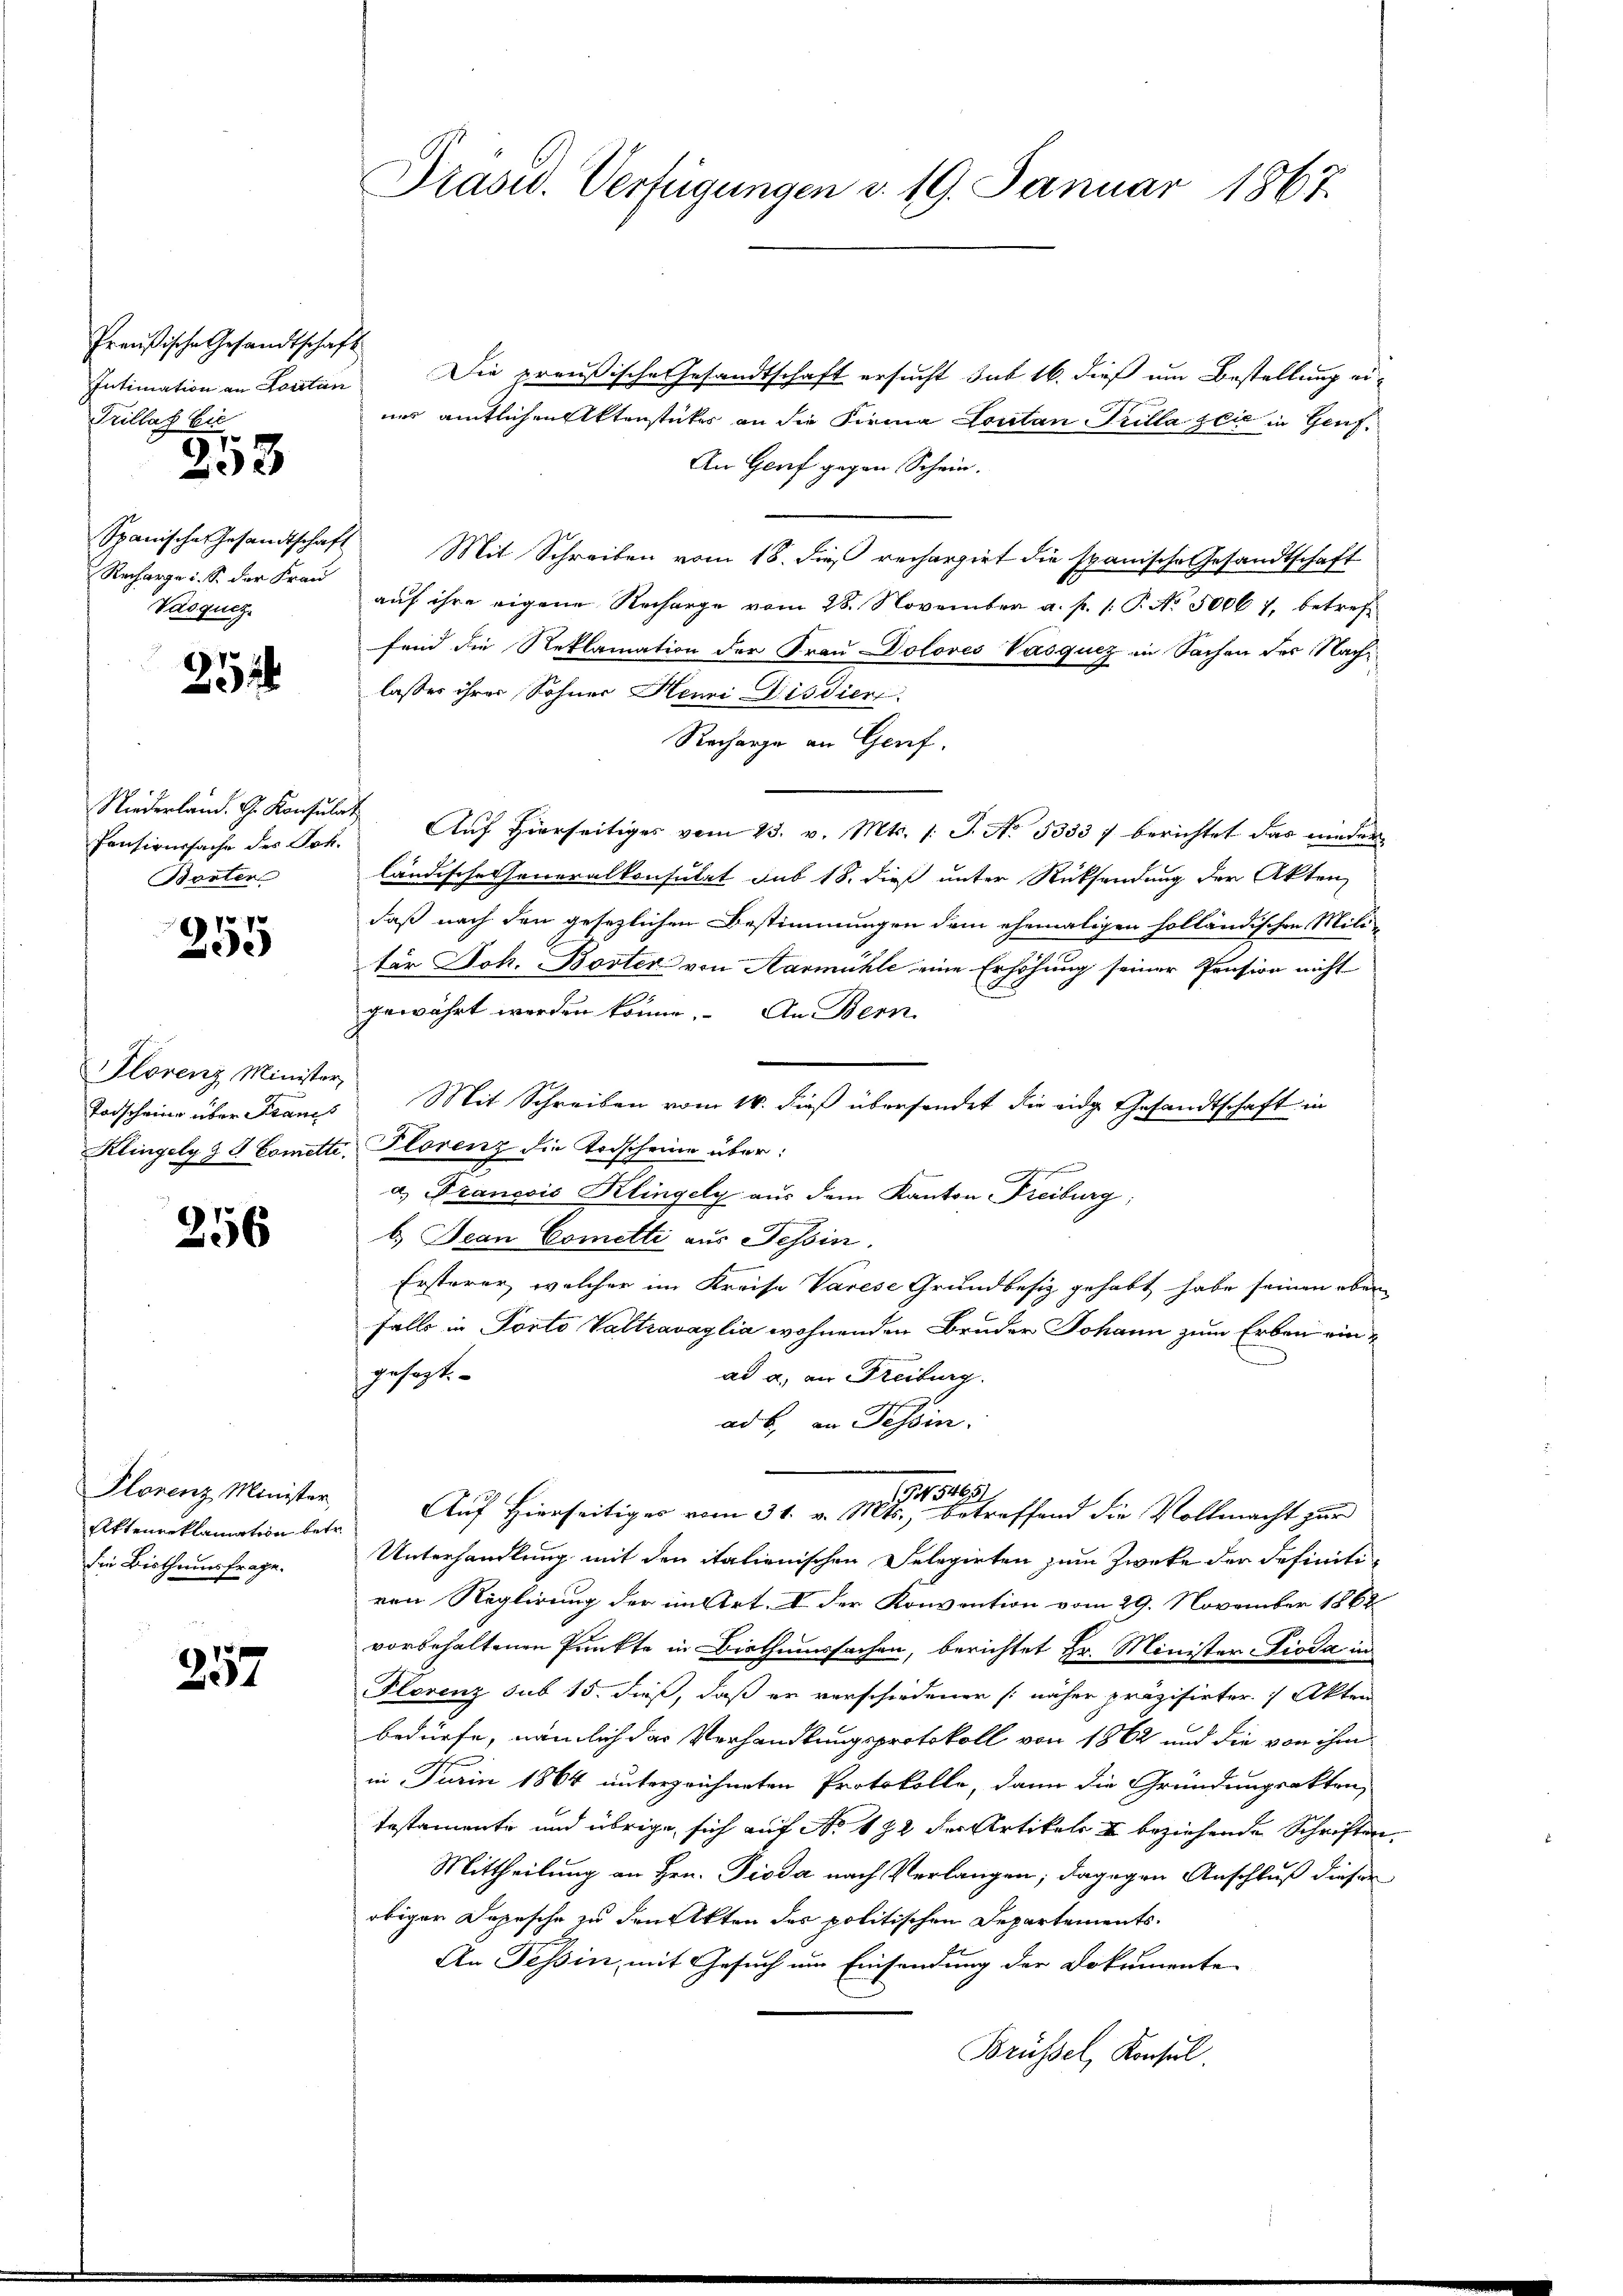
Preußische Gesandtschaft
Intimation an Kostan
Recharge u. S. der Frau
Vasqucz

Trillat bie
17
3

252

Pensionssache des Joh.
Borten

77
Jede

Florenz Minister,
Todscheine über Frans
Klingely § 8. Comette.

256

Plorenz Minister,
Aktenreklamation betr.
die Bisthumsfrage.

257

Prasw. Verfügungen d. 19. Januar 1867.

Die preußische Gesandtschaft ersucht sub 16. dieß um Bestellung eines amtlichen Aktenstückes an die Firma Loutan Grilla zeit in Genf¬
An Genf gegen Schein.
Spanische Gesandtschaft Mit Schreiben vom 18. dieß rechargirt die spanische Gesandtschaft
auf ihre eigene Recharge vom 28. November a. p. 1. P. No. 5006 7, betreffend die Reklamation der Frau Doloves Vasqucz in Sachen der Nachlasser ihrer Sohner Henni Disdien
Recharge an Genf.
Niederland. G. Konsulat Auf hierseitiger vom 23. v. Mts. 1. J. No. 53537 berichtet das niederländische Generalkonsulat sub 18. dieß unter Rücksendung der Akten,
daß nach den gesezlichen Bestimmungen dem ehemaligen holländischen Militer Joh. Borter von Harmühle eine Erhöhung seiner Pension nicht
74
gewährt werden könne. An Bern
Mit Schreiben vom 16. dieß übersendet die eidge Gesandtschaft in
Plorenz die Todscheine über:
A
a) Francois Klingely aus dem Kanton Freiburg,
b.) Jean Cometti aus Tessin.
Ersterer, welcher im Kreise Varese Grundbesiz gehabt habe seinen eben
Falle in Porto Valtravaglia wohnenden Bruder Johann zum Erben eingehörte.
ad a. an Freiburg.
ad b., in Tessin.
194. 5463
Auf Hierseitiges vom 31. v. Mts., betreffend die Vollmacht zur
Unterhandlung mit den italienischen Delegirten zum Zweke der definitiven Reglirung der in Art. I der Konvention vom 29. November 1868
vorbehaltenen Punkte in Bisthaussachen, berichtet Hr. Minister Pioda in
Florenz sub 15. dieß, daß er verschiedener näher präzisirter Akten
bedürfe, nämlich der Verhandlungsprotokoll von 1862 und die von ihm
in Jurin 1864 unterzeichneten Protokolle, dann die Gründungsakten,
testamente und übrige sich auf No 132 der Artikel u beziehende Schriften
Mittheilung an Hrn. Pioda nach Verlangen; dagegen Anschluß diesen
obigen Depesche zu den Akten der politischen Departements¬
An Tessin, mit Gesuch um Einsendung der Dokumente
Brüssel, Konsul